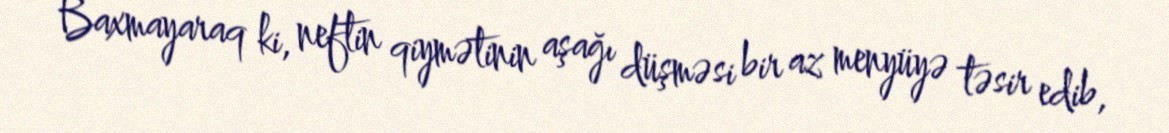
Baxmayaraq ki, neftin qiymətinin aşağı düşməsi bir az menyüyə təsir edib,